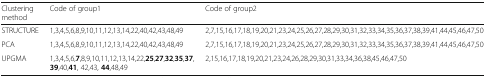
| Clustering method | Code of group1 | Code of group2 |
 | --- | --- | --- |
 | STRUCTURE | 1,3,4,5,6,8,9,10,11,12,13,14,22,40,42,43,48,49 | 2,7,15,16,17,18,19,20,21,23,24,25,26,27,28,29,30,31,32,33,34,35,36,37,38,39,41,44,45,46,47,50 |
 | PCA | 1,3,4,5,6,8,9,10,11,12,13,14,22,40,42,43,48,49 | 2,7,15,16,17,18,19,20,21,23,24,25,26,27,28,29,30,31,32,33,34,35,36,37,38,39,41,44,45,46,47,50 |
 | UPGMA | 1,3,4,5,6,7,8,9,10,11,12,13,14,22,25,27,32,35,37, 39,40,41, 42,43, 44,48,49 | 2,15,16,17,18,19,20,21,23,24,26,28,29,30,31,33,34,36,38,45,46,47,50 |